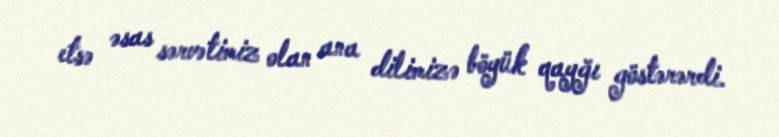
etsə əsas sərvətimiz olan ana dilimizə böyük qayğı göstərərdi.